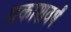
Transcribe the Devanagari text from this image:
प्रकाशवर्षं